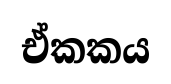
ඒකකය